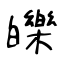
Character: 皪